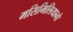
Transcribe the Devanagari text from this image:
मसिमिलियानो